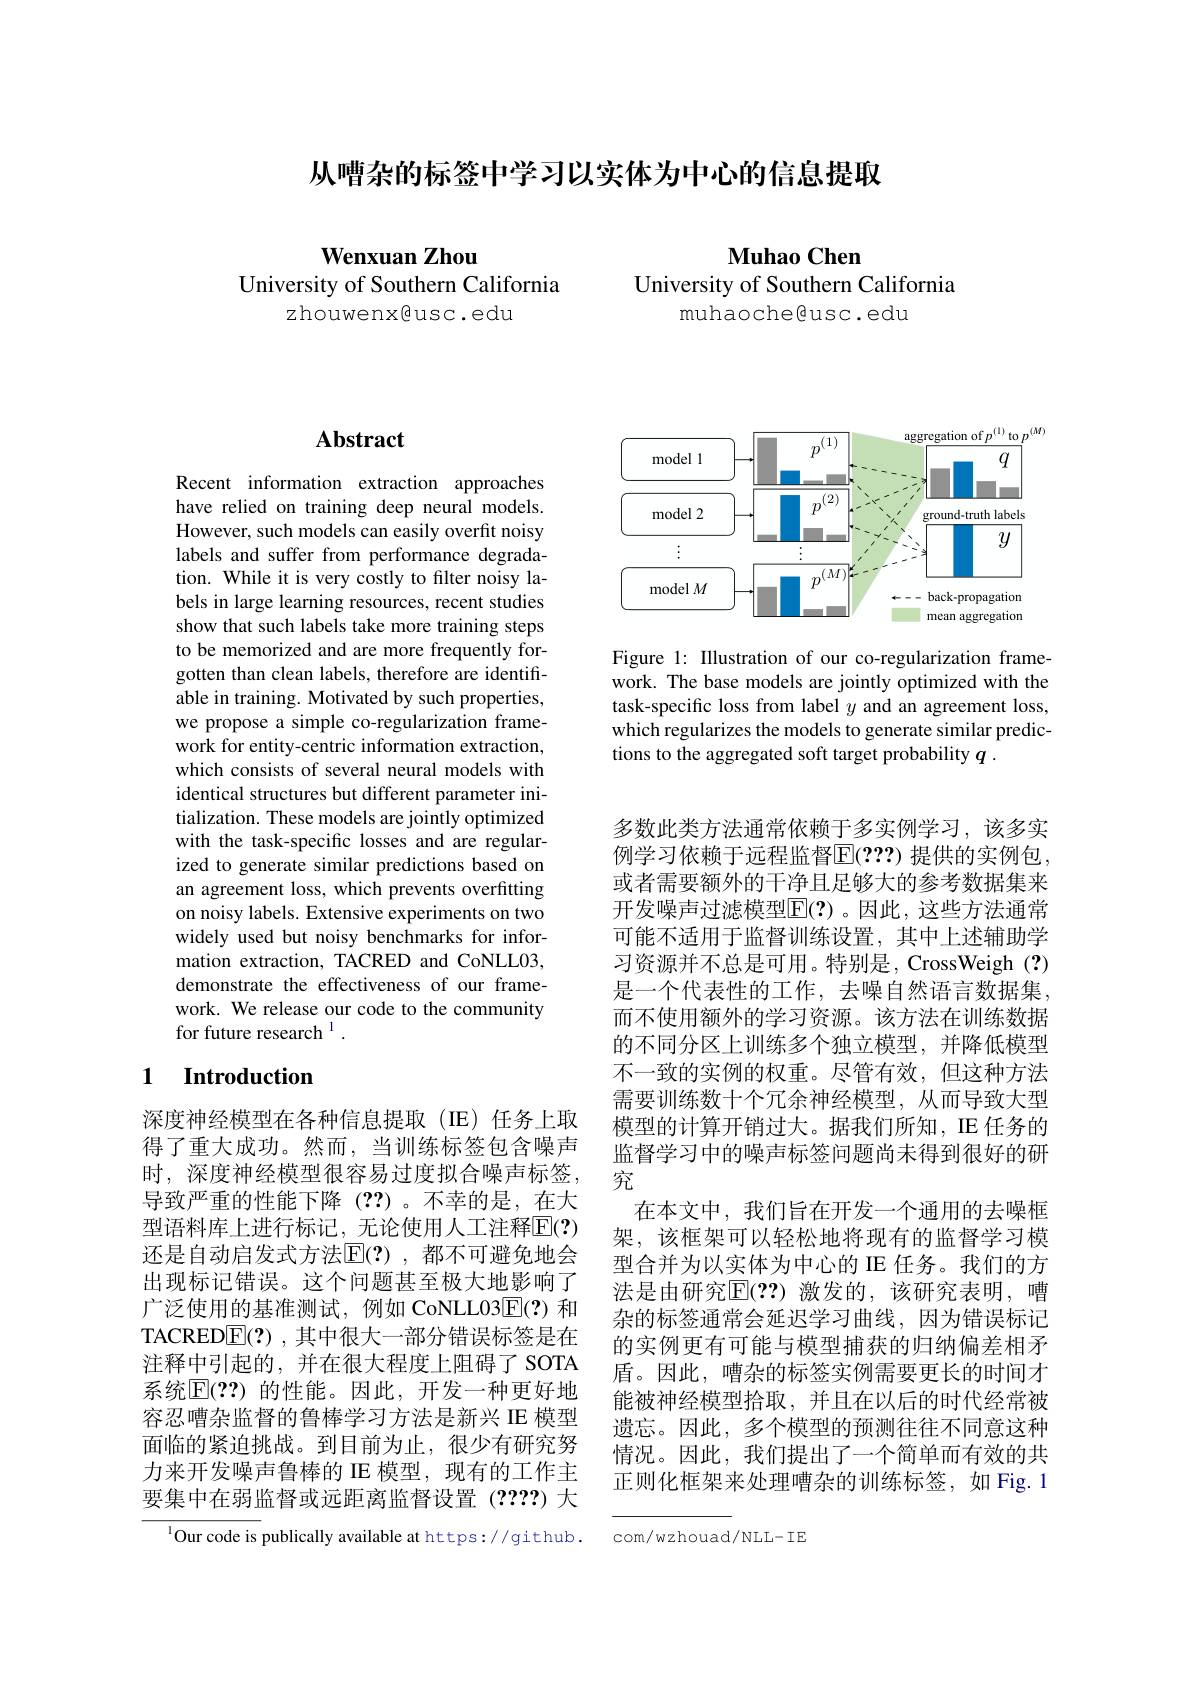
从嘈杂的标签中学习以实体为中心的信息提取

Wenxuan Zhou
University of Southern California
zhouwenx@usc.edu

Muhao Chen
University of Southern California
muhaochegusc.edu

# Abstract

Recent information extraction approaches have relied on training deep neural models. However, such models can easily overfit noisy labels and suffer from performance degradation. While it is very costly to filter noisy labels in large learning resources, recent studies show that such labels take more training steps to be memorized and are more frequently forgotten than clean labels, therefore are identifiable in training. Motivated by such properties, we propose a simple co-regularization framework for entity-centric information extraction, which consists of several neural models with identical structures but different parameter initialization. These models are jointly optimized with the task-specific losses and are regularized to generate similar predictions based on an agreement loss, which prevents overfitting on noisy labels. Extensive experiments on two widely used but noisy benchmarks for information extraction, TACRED and CoNLL03, demonstrate the effectiveness of our framework. We release our code to the community for future research 1

### 1 $\textbf{Introduction}$

深度神经模型在各种信息提取(IE)任务上取得了重大成功。然而，当训练标签包含噪声时，深度神经模型很容易过度拟合噪声标签， 导致严重的性能下降(??)。不幸的是，在大型语料库上进行标记，无论使用人工注释$\mathbb{E}(?)$ 还是自动启发式方法$\mathbb{E}(?)$,都不可避免地会出现标记错误。这个问题甚至极大地影响了广泛使用的基准测试，例如 CoNLL03$\overline{\mathrm{E}}(?)$和TACRED$\boxed{\mathrm{F}}(?)$ ,其中很大一部分错误标签是在注释中引起的，并在很大程度上阻碍了 SOTA 系统$\mathbb{E}(??)$ 的性能。因此，开发一种更好地容忍嘈杂监督的鲁棒学习方法是新兴 IE 模型面临的紧迫挑战。到目前为止，很少有研究努力来开发噪声鲁棒的 IE 模型，现有的工作主要集中在弱监督或远距离监督设置(????)大
$^{1}$Our code is publically available at https://github.

<FigureHere>

Figure 1: Illustration of our co-regularization framework. The base models are jointly optimized with the task-specific loss from label $y$ and an agreement loss, which regularizes the models to generate similar predictions to the aggregated soft target probability $q$ .

多数此类方法通常依赖于多实例学习，该多实例学习依赖于远程监督$\mathbb{E}(???)$ 提供的实例包， 或者需要额外的干净且足够大的参考数据集来开发噪声过滤模型$\overline{\mathrm{E}}(?)$。因此，这些方法通常可能不适用于监督训练设置，其中上述辅助学习资源并不总是可用。特别是，CrossWeigh(?) 是一个代表性的工作，去噪自然语言数据集， 而不使用额外的学习资源。该方法在训练数据的不同分区上训练多个独立模型，并降低模型不一致的实例的权重。尽管有效，但这种方法需要训练数十个冗余神经模型，从而导致大型模型的计算开销过大。据我们所知，IE 任务的监督学习中的噪声标签问题尚未得到很好的研究
在本文中，我们旨在开发一个通用的去噪框架，该框架可以轻松地将现有的监督学习模型合并为以实体为中心的 IE 任务。我们的方法是由研究$\mathbb{E}(??)$ 激发的，该研究表明，嘈杂的标签通常会延迟学习曲线，因为错误标记的实例更有可能与模型捕获的归纳偏差相矛盾。因此，嘈杂的标签实例需要更长的时间才能被神经模型拾取，并且在以后的时代经常被遗忘。因此，多个模型的预测往往不同意这种情况。因此，我们提出了一个简单而有效的共正则化框架来处理嘈杂的训练标签，如 Fig. 1

com/wzhouad/NLL-IE